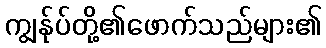
ကျွန်ုပ်တို့၏ဖောက်သည်များ၏